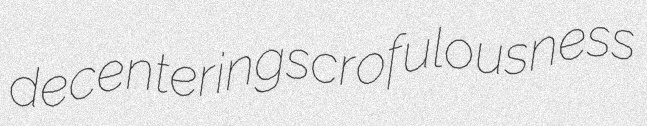
decentering scrofulousness